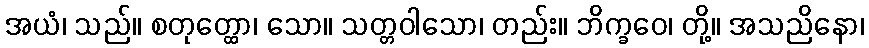
အယံ၊ သည်။ စတုတ္ထော၊ သော။ သတ္တဝါသော၊ တည်း။ ဘိက္ခဝေ၊ တို့။ အသညိနော၊